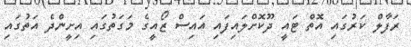
ރަފާލް ކަރުގައި އޮތް ޓައީ ދޫކޮށްލައިފައި އައިސް ޒޯއީގެ މަގަތުގައި އިށީންދެ އަތުގައި